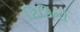
ટિકિનો